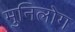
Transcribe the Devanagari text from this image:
मुनिलोग